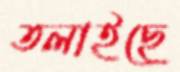
তলাইছে